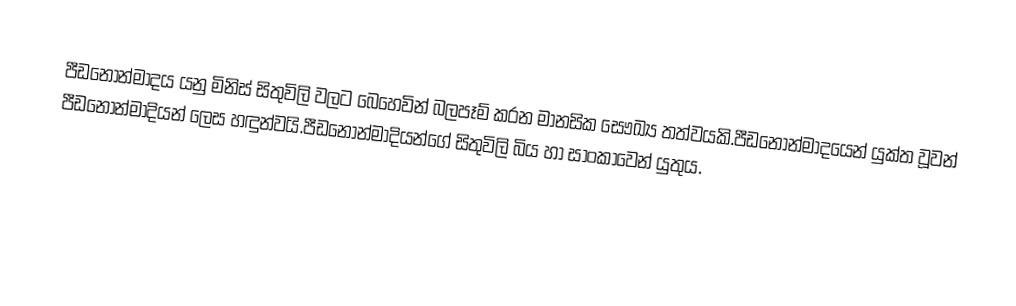
පීඩනෝන්මාදය යනු මිනිස් සිතුවිලි වලට බෙහෙවින් බලපෑම් කරන මානසික සෞඛ්‍ය තත්වයකි.පීඩනෝන්මාදයෙන් යුක්ත වූවන් පීඩනෝන්මාදියන් ලෙස හඳුන්වයි.පීඩනෝන්මාදියන්ගේ සිතුවිලි බිය හා සාංකාවෙන් යුතුය.